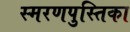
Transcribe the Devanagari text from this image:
स्मरणपुस्तिका